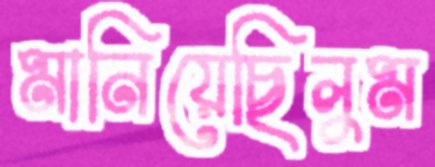
মানিয়েছিলুম